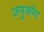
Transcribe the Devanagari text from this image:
जपुकोंग